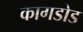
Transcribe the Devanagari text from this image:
कागडोड